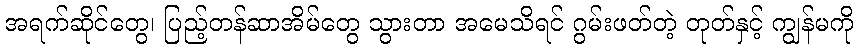
အရက်ဆိုင်တွေ၊ ပြည့်တန်ဆာအိမ်တွေ သွားတာ အမေသိရင် ဂွမ်းဖတ်တဲ့ တုတ်နှင့် ကျွန်မကို